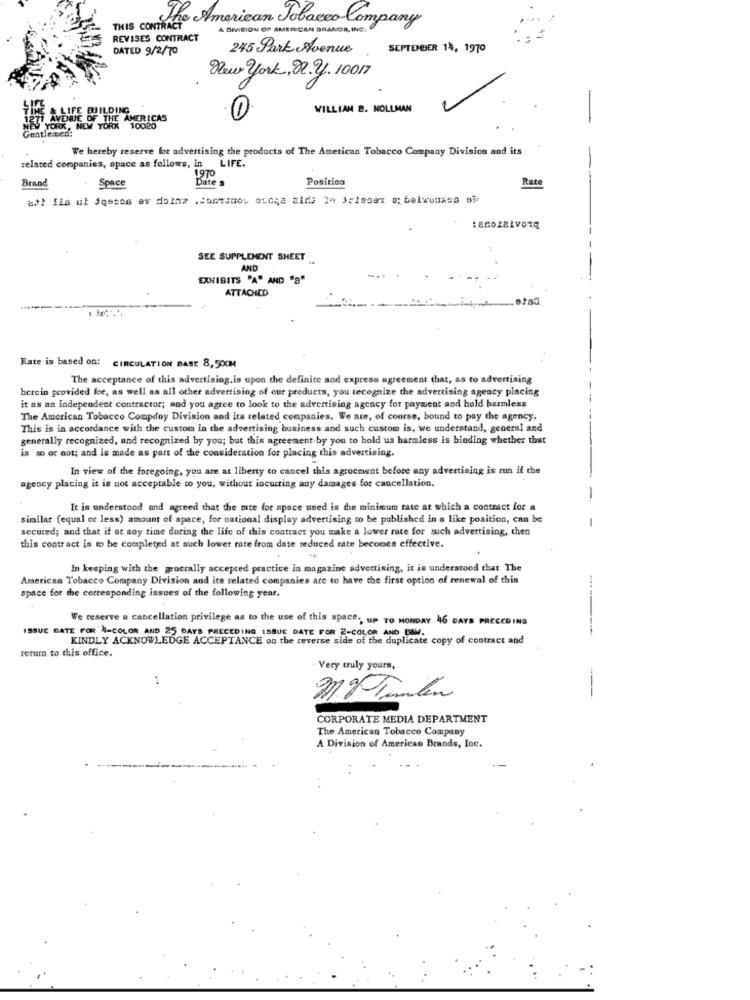
the American Tobacco Company
THIS CONTRACT
A DIVISION OF AMERICAN
BANOR, INC.
REVISES CONTRACT
DATED 9/2/70
245 Park Avenue
SEPTEMBER 14, 1970
Kleur york, 02. 2. 10017
TIHE & LIFE BUILDING
WILLIAM 8. NOLLMAN
1271 AVENUE OF THE AMER
OF THE AMERICAS
Gentlemen:
YORK, NEW YORK 10020
We hereby reserve for advertising the products of The American Tobacco Company Division and its
related companies, space as follows, in LIFE.
1970
Brand
Space
Date s
Position
Rate
SEE SUPPLEMENT SHEET
AND
EXHIBITS "A" AND "8"
ATTACHED
Rate is based on: CIRCULATION BASE 8, 500M
The acceptance of this advertising.is upon the definite and express agreement that, as to advertising
herein provided for, as well as all other advertising of our products, you recognize the advertising agency placing
it as an independent contractor; and you agree to look to the advertising agency for payment and hold harmless
The American Tobacco Compdoy Division and its related companies. We are, of course, bound to pay the agency.
This is in accordance with the custom in the advertising business and such custom is, we understand, general and
generally recognized, and recognized by you; but this agreement by you to hold us harmless is binding whether that
la so or not; and is made as part of the consideration for placing this advertising.
In view of the foregoing, you are at liberty to cancel this agreement before any advertising is run if the
agency placing it is not acceptable to you, without incurring any damages for cancellation.
It is understood and agreed that the mte for space used is the minimum rate at which a contract for a
similar (equal or less) amount of space, for national display advertising to be published in a like position, can be
secured; and that if ae soy time during the life of this contract you make a lower rate for such advertising, then
this contract is to be completed at such lower rate from date reduced rate becomes effective.
In keeping with the goerally accepted practice in magazine advertising, it is understood that The
American Tobacco Company Division and its related companies are to have the first option of renewal of this
space for the corresponding issues of the following year.
We reserve a cancellation privilege as to the use of this space ., up TO MONDAY 46 DAYS PRECEDING
ISSUE DATE FOR N-COLOR AND 25 DAYS PRECEDING ISSUE DATE FOR 2-COLOR AND BAM.
KINDLY ACKNOWLEDGE ACCEPTANCE on the reverse side of the duplicate copy of contract and
return to this office.
Very truly yours,
CORPORATE MEDIA DEPARTMENT
The American Tobacco Company
A Division of American Brands, Inc.